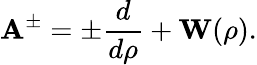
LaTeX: {\mathbf A}^{\pm}=\pm\frac{d}{d\rho}+{\mathbf W}(\rho).